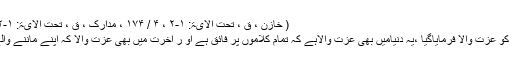
( خازن ، ق ، تحت الآیۃ: ۱-۲ ، ۴ / ۱۷۴ ، مدارک ، ق ، تحت الآیۃ: ۱-۲ ، ص۱۱۵۹ ، ملتقطاً)
اس آیت میں قرآنِ مجید کو عزت والا فرمایاگیا ،یہ دنیامیں بھی عزت والاہے کہ تمام کلاموں پر فائق ہے او ر آخرت میں بھی عزت والا کہ اپنے ماننے والے کی شفاعت فرمائے